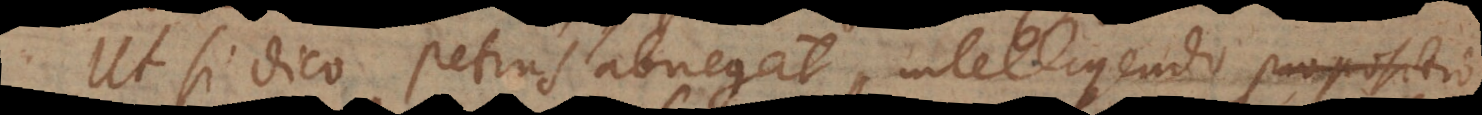
Ut si dico Petrus abnegat, intelligendo propositio